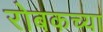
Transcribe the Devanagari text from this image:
रोबकच्या